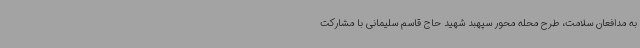
به مدافعان سلامت، طرح محله محور سپهبد شهید حاج قاسم سلیمانی با مشارکت